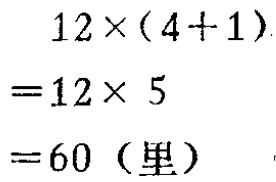
答：多$1.58$。